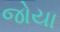
જોયા